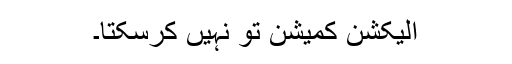
الیکشن کمیشن تو نہیں کرسکتا۔